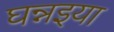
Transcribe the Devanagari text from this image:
घन्नइया